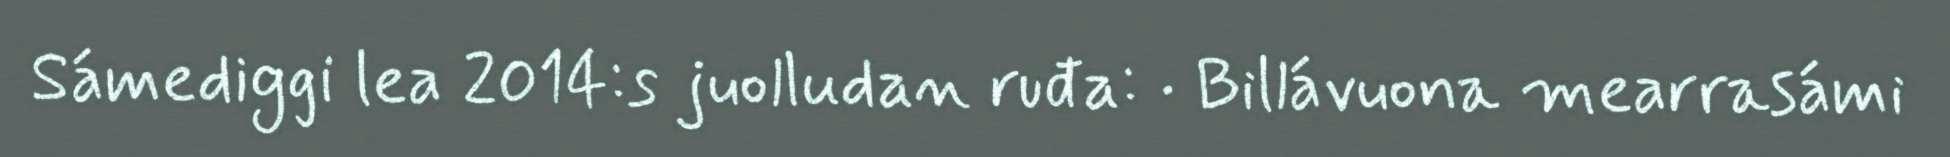
Sámediggi lea 2014:s juolludan ruđa: · Billávuona mearrasámi